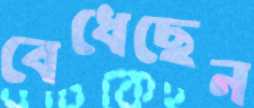
বেধেছেন